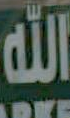
الله